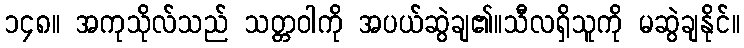
၁၄၈။ အကုသိုလ်သည် သတ္တဝါကို အပယ်ဆွဲချ၏။သီလရှိသူကို မဆွဲချနိုင်။